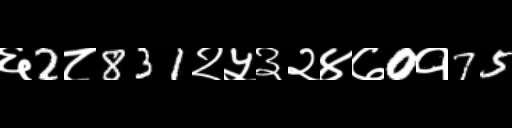
Text: ६2८831२५३२४७0१75